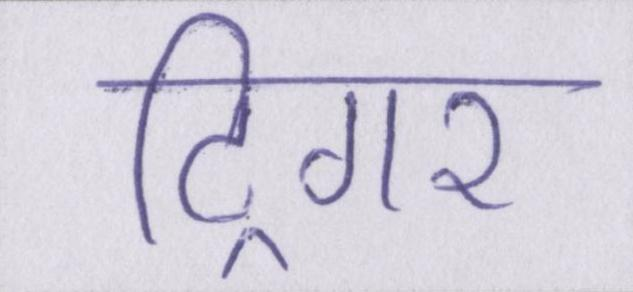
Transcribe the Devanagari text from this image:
ट्रिगर